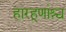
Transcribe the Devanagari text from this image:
हारहूणांश्च